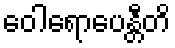
ဝေါရောပေန္တီတိ